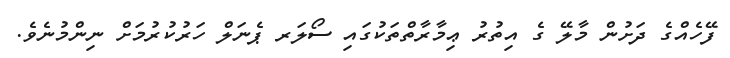
ފޭހެއްގެ ދަށުން މާލޭ ގެ އިތުރު ޢިމާރާތްތަކުގައި ސޯލަރ ޕެނަލް ހަރުކުރުމަށް ނިންމުނެވެ.